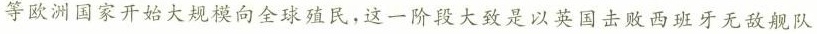
等欧洲国家开始大规模向全球殖民，这一阶段大致是以英国击败西班牙无敌舰队